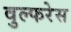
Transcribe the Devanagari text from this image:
वुल्फरेस